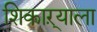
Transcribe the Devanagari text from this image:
शिकाऱ्याला